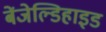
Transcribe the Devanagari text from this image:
बेंजेल्डिहाइड